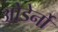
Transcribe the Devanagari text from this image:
ओडेर्नो